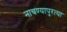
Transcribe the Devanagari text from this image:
नाचण्यापुरत्या